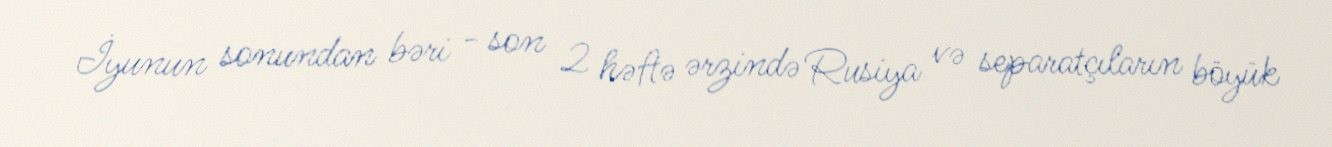
İyunun sonundan bəri - son 2 həftə ərzində Rusiya və separatçıların böyük